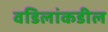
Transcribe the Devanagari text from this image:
वडिलांकडील